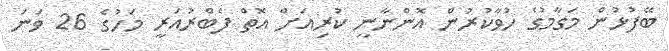
ބޭފުޅުން މަގާމުގެ ހުވާކުރުން އޮންނާނީ ކުރިއަށް އޮތް ފެބްރުއަރީ މަހުގެ 26 ވަނަ